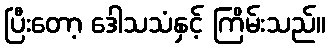
ပြီးတော့ ဒေါသသံနှင့် ကြိမ်းသည်။